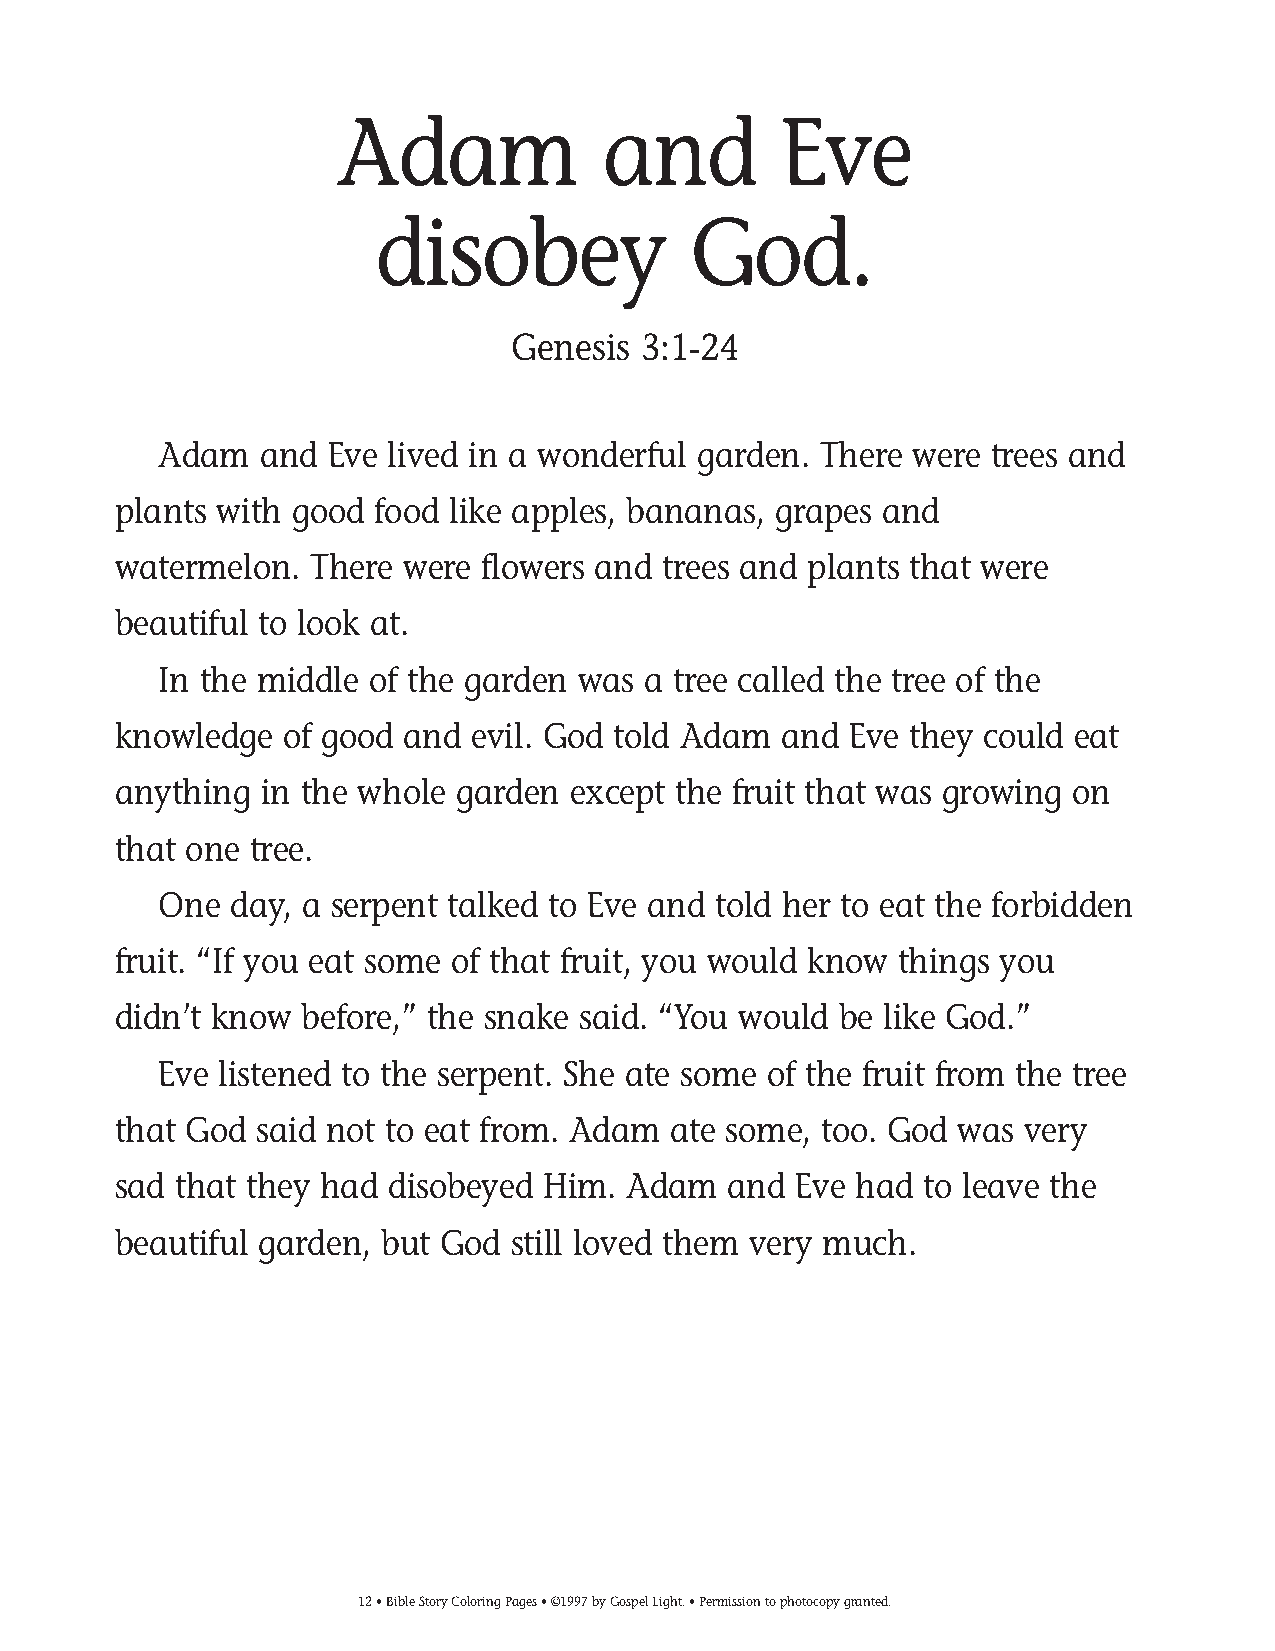
009-34 Coloring pgs_009-34 Coloring pgs 2/19/14 11:44 AM Page 12
 Adam             and         Eve
 disobey              God.
 Genesis  3:1-24
 Adam   and Eve lived in a wonderful garden. There were trees and
 plants with good food like apples, bananas, grapes and
 watermelon.  There were flowers and trees and plants that were
 beautiful to look at.
 In the middle of the garden was a tree called the tree of the
 knowledge  of good and  evil. God told Adam and  Eve they could eat
 anything  in the whole garden except the fruit that was growing on
 that one tree.
 One  day, a serpent talked to Eve and told her to eat the forbidden
 fruit. “If you eat some of that fruit, you would know things you
 didn’t know before,” the snake said. “You would be like God.”
 Eve listened to the serpent. She ate some of the fruit from the tree
 that God said not to eat from. Adam  ate some, too. God was very
 sad that they had disobeyed Him.  Adam   and Eve had  to leave the
 beautiful garden, but God still loved them very much.
 12• Bible Story Coloring Pages • ©1997 by Gospel Light. • Permission to photocopy granted.